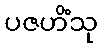
ပဇဟိံသု